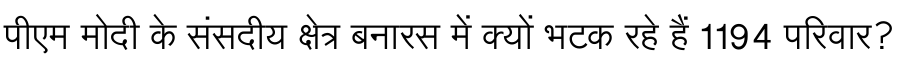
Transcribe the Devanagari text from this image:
पीएम मोदी के संसदीय क्षेत्र बनारस में क्यों भटक रहे हैं 1194 परिवार?